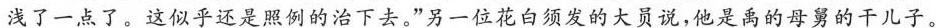
浅了一点了。这似乎还是照例的治下去。”另一位花白须发的大员说,他是禹的母舅的干儿子。